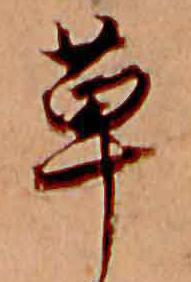
草